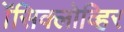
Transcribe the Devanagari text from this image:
ॲेसिक्लोव्हिर